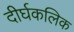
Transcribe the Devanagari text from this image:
दीर्घकलिक